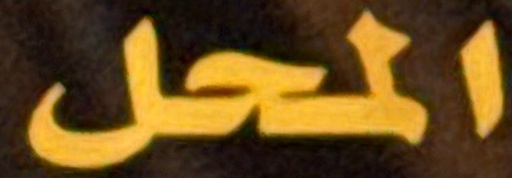
المحل